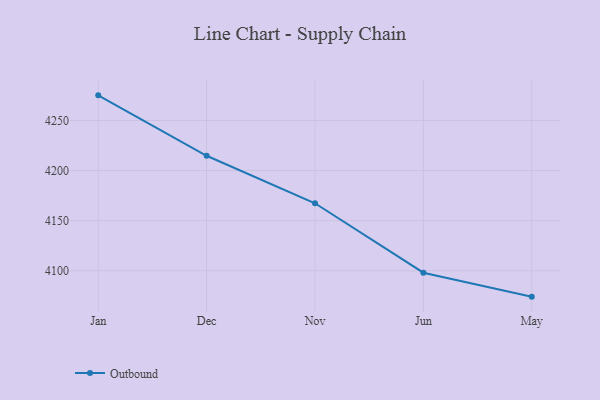
{"axis": {"x": "Month", "y": "Backlog"}, "legend": ["Outbound"], "data": [{"x": "Jan", "y": 4275.1, "type": "Outbound"}, {"x": "Dec", "y": 4214.8, "type": "Outbound"}, {"x": "Nov", "y": 4167.4, "type": "Outbound"}, {"x": "Jun", "y": 4098.1, "type": "Outbound"}, {"x": "May", "y": 4074.2, "type": "Outbound"}]}